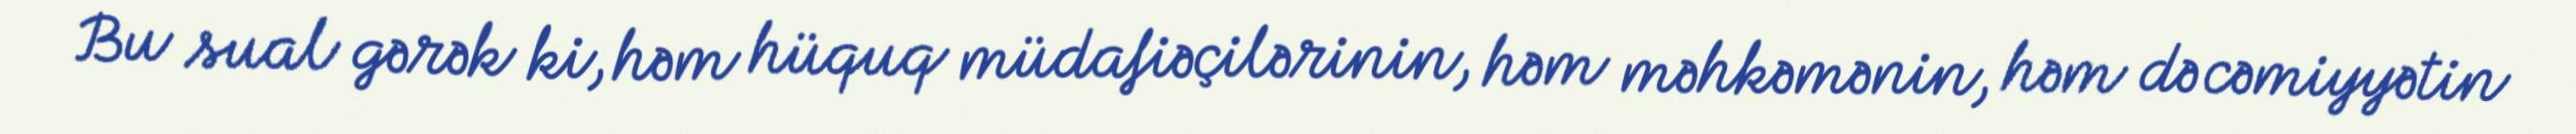
Bu sual gərək ki, həm hüquq müdafiəçilərinin, həm məhkəmənin, həm də cəmiyyətin